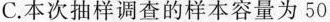
C.本次抽样调查的样本容量为50